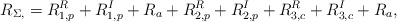
\begin{align*}R_{\Sigma,} = R_{1,p}^R + R_{1,p}^I + R_{a} + R_{2,p}^R+R_{2,p}^I+R_{3,c}^R+R_{3,c}^I+R_{a}, \end{align*}